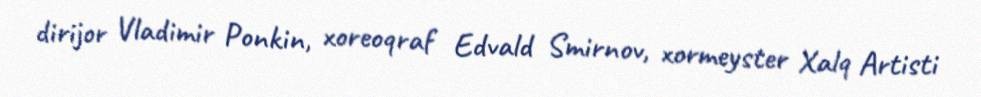
dirijor Vladimir Ponkin, xoreoqraf Edvald Smirnov, xormeyster Xalq Artisti